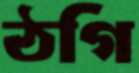
ঠগি